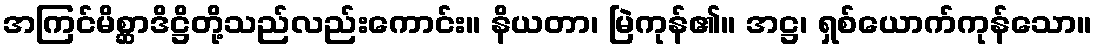
အကြင်မိစ္ဆာဒိဋ္ဌိတို့သည်လည်းကောင်း။ နိယတာ၊ မြဲကုန်၏။ အဋ္ဌ၊ ရှစ်ယောက်ကုန်သော။